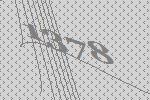
1378